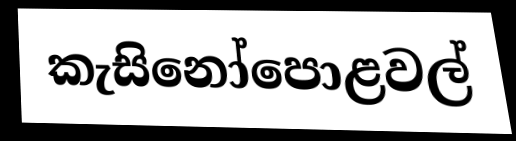
කැසිනෝපොළවල්